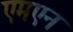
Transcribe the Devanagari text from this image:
एमएन